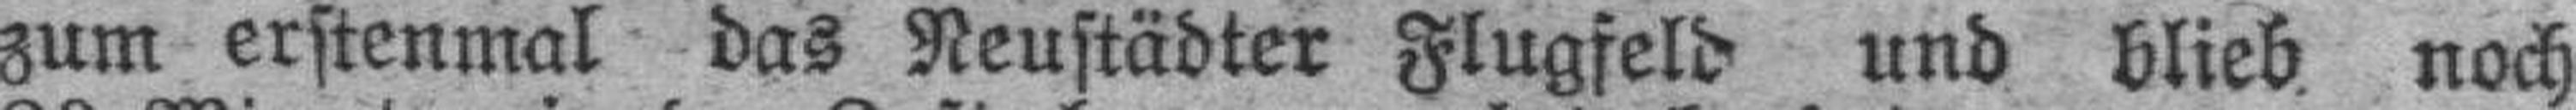
zum erstenmal das Neustädter Flugfeld und blieb noch